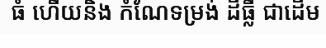
ធំ ហើយនិង កំណែទម្រង់ ដីធ្លី ជាដើម